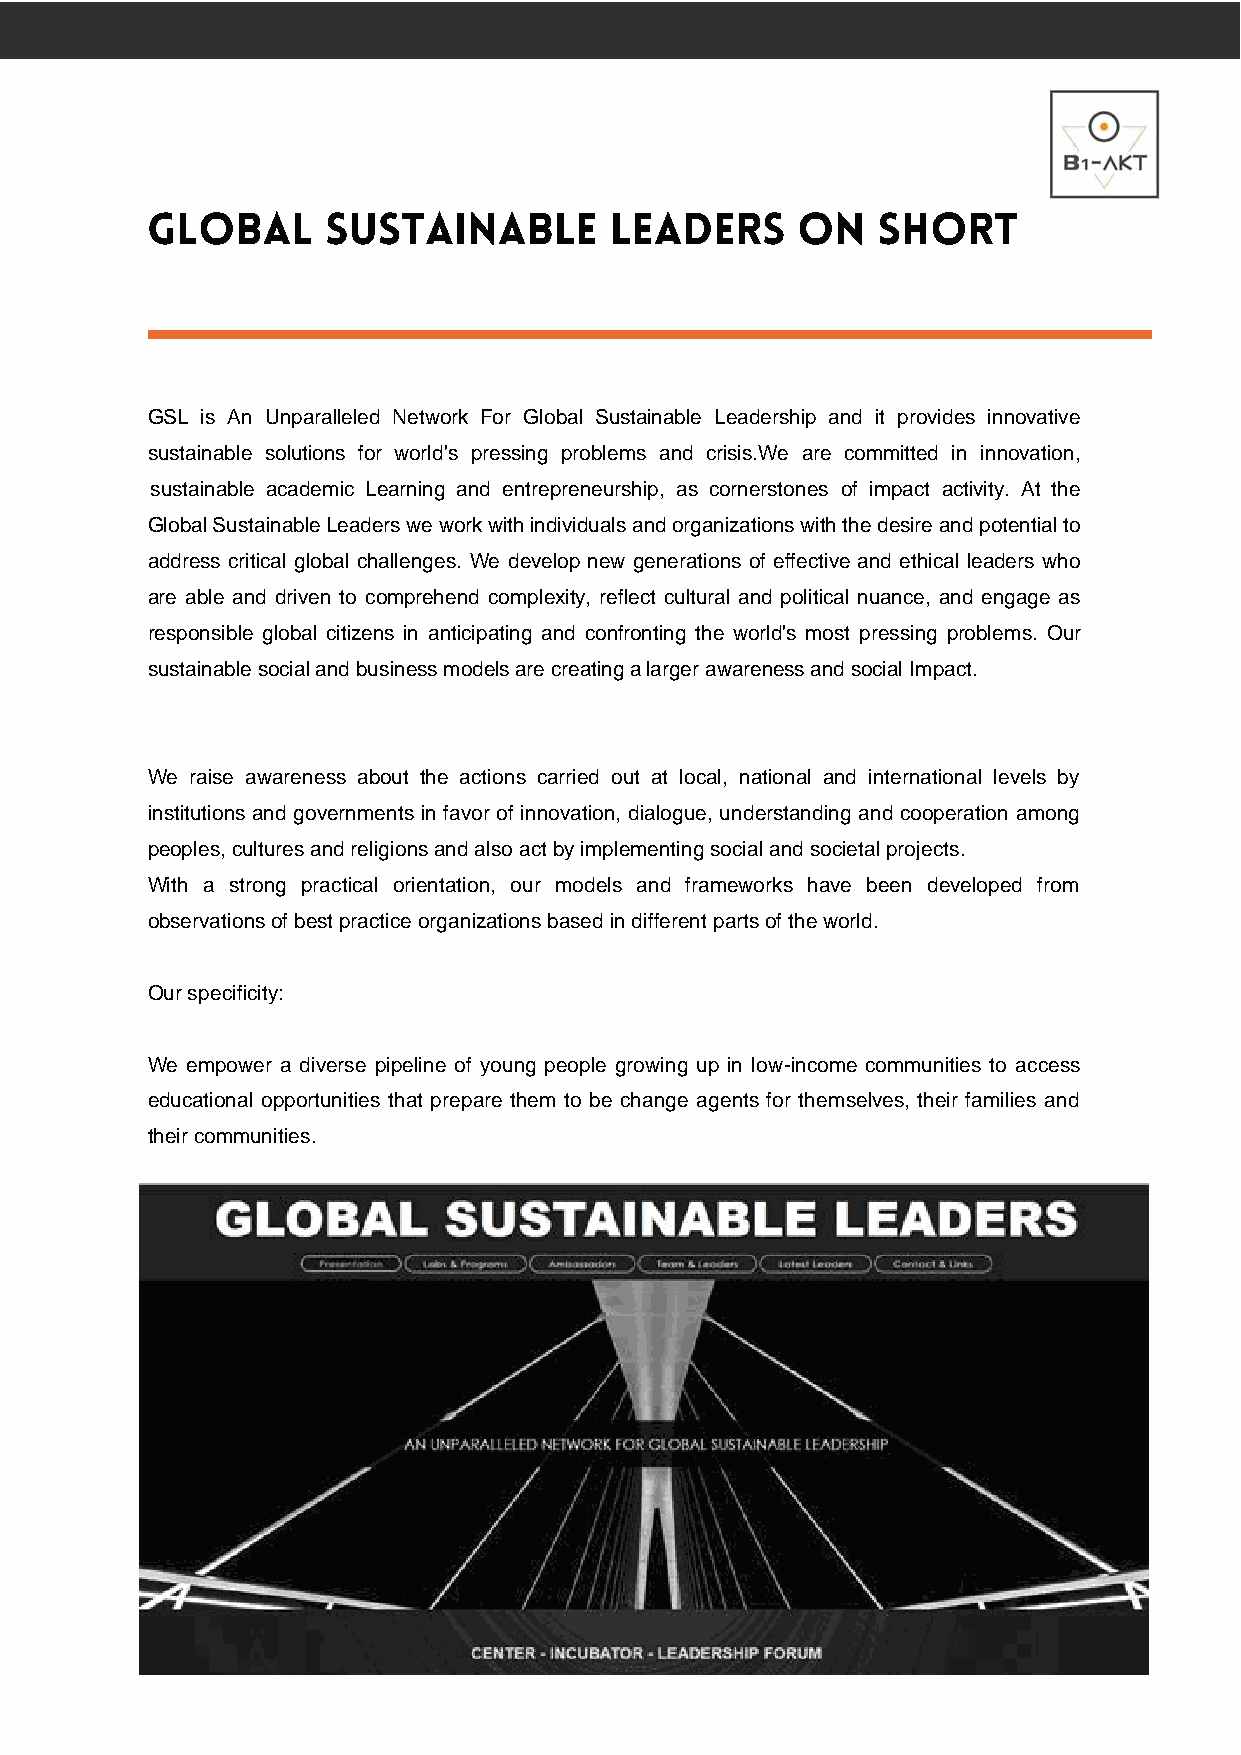
GSL is An Unparalleled Network For Global Sustainable Leadership and it provides innovative
 sustainable solutions for world's pressing problems and crisis.We are committed in innovation,
 sustainable academic Learning and entrepreneurship, as cornerstones of impact activity. At the
 Global Sustainable Leaders we work with individuals and organizations with the desire and potential to
 address critical global challenges. We develop new generations of effective and ethical leaders who
 are able and driven to comprehend complexity, reflect cultural and political nuance, and engage as
 responsible global citizens in anticipating and confronting the world's most pressing problems. Our
 sustainable social and business models are creating a larger awareness and social Impact.
 We raise awareness about the actions carried out at local, national and international levels by
 institutions and governments in favor of innovation, dialogue, understanding and cooperation among
 peoples, cultures and religions and also act by implementing social and societal projects.
 With a strong practical orientation, our models and frameworks have been developed from
 observations of best practice organizations based in different parts of the world.
 Our specificity:
 We empower a diverse pipeline of young people growing up in low-income communities to access
 educational opportunities that prepare them to be change agents for themselves, their families and
 their communities.